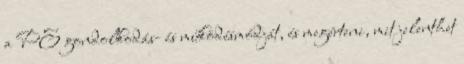
a PE gondolkodás- és működésmódját, és megérteni, mit jelenthet